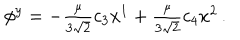
\phi ^ { y } = - \textstyle { \frac { \mu } { 3 \sqrt { 2 } } } c _ { 3 } x ^ { 1 } + \textstyle { \frac { \mu } { 3 \sqrt { 2 } } } c _ { 4 } x ^ { 2 } \, .